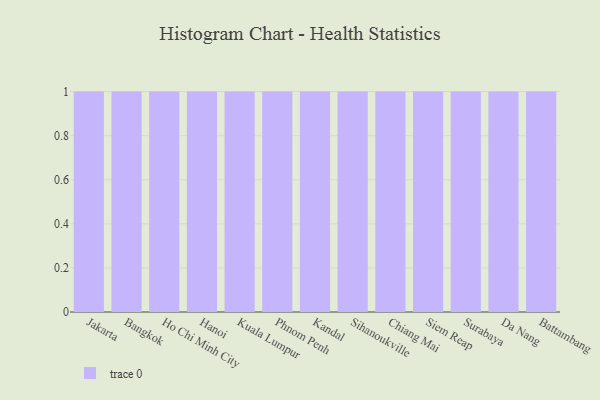
{"axis": {"x": "City", "y": "Page Views"}, "legend": [""], "data": [{"x": "Jakarta", "y": 97, "type": ""}, {"x": "Bangkok", "y": 75, "type": ""}, {"x": "Ho Chi Minh City", "y": 66, "type": ""}, {"x": "Hanoi", "y": 26, "type": ""}, {"x": "Kuala Lumpur", "y": 56, "type": ""}, {"x": "Phnom Penh", "y": 100, "type": ""}, {"x": "Kandal", "y": 3, "type": ""}, {"x": "Sihanoukville", "y": 26, "type": ""}, {"x": "Chiang Mai", "y": 83, "type": ""}, {"x": "Siem Reap", "y": 74, "type": ""}, {"x": "Surabaya", "y": 67, "type": ""}, {"x": "Da Nang", "y": 95, "type": ""}, {"x": "Battambang", "y": 96, "type": ""}]}